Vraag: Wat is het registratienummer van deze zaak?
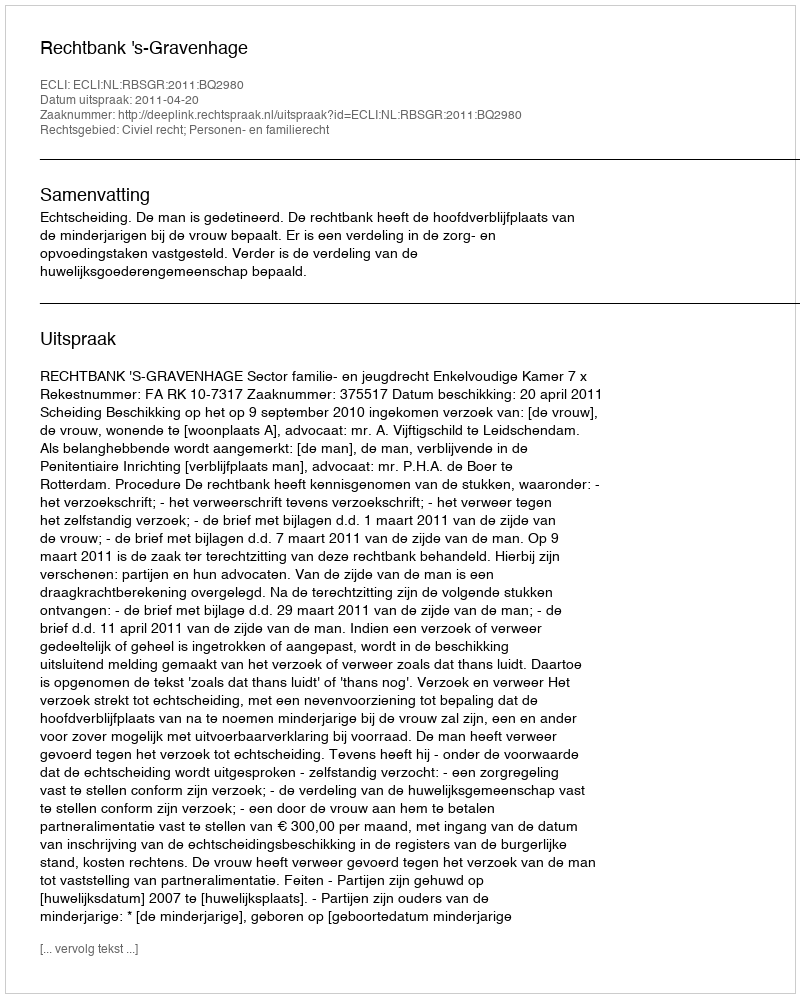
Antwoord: http://deeplink.rechtspraak.nl/uitspraak?id=ECLI:NL:RBSGR:2011:BQ2980